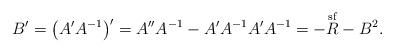
LaTeX: \begin{gather*}B'=\big(A' A^{-1}\big)'=A'' A^{-1}-A'A^{-1}A'A^{-1}=-\overset{\mathrm{sf}}R -B^2.\end{gather*}